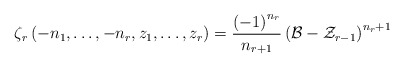
\begin{align*}\zeta_{r}\left(-n_{1},\dots,-n_{r},z_{1},\dots,z_{r}\right)=\frac{\left(-1\right)^{n_{r}}}{n_{r+1}}\left(\mathcal{B}-\mathcal{Z}_{r-1}\right)^{n_{r}+1}\end{align*}